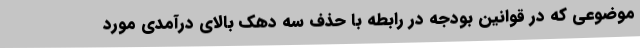
موضوعی که در قوانین بودجه در رابطه با حذف سه دهک بالای درآمدی مورد